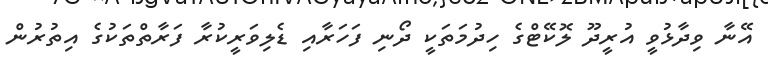
އޭނާ ވިދާޅުވީ އުރީދޫ ލޮކޭޓްގެ ހިދުމަތަކީ ދޯނި ފަހަރާއި ޑެލިވަރީކުރާ ފަރާތްތަކުގެ އިތުރުން